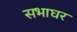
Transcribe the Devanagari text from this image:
सभाघर